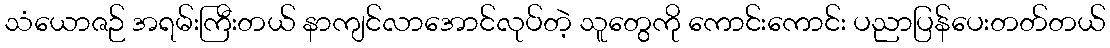
သံယောဇဉ် အရမ်းကြီးတယ် နာကျင်လာအောင်လုပ်တဲ့ သူတွေကို ကောင်းကောင်း ပညာပြန်ပေးတတ်တယ်